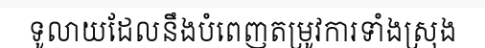
ទូលាយដែលនឹងបំពេញតម្រូវការទាំងស្រុង